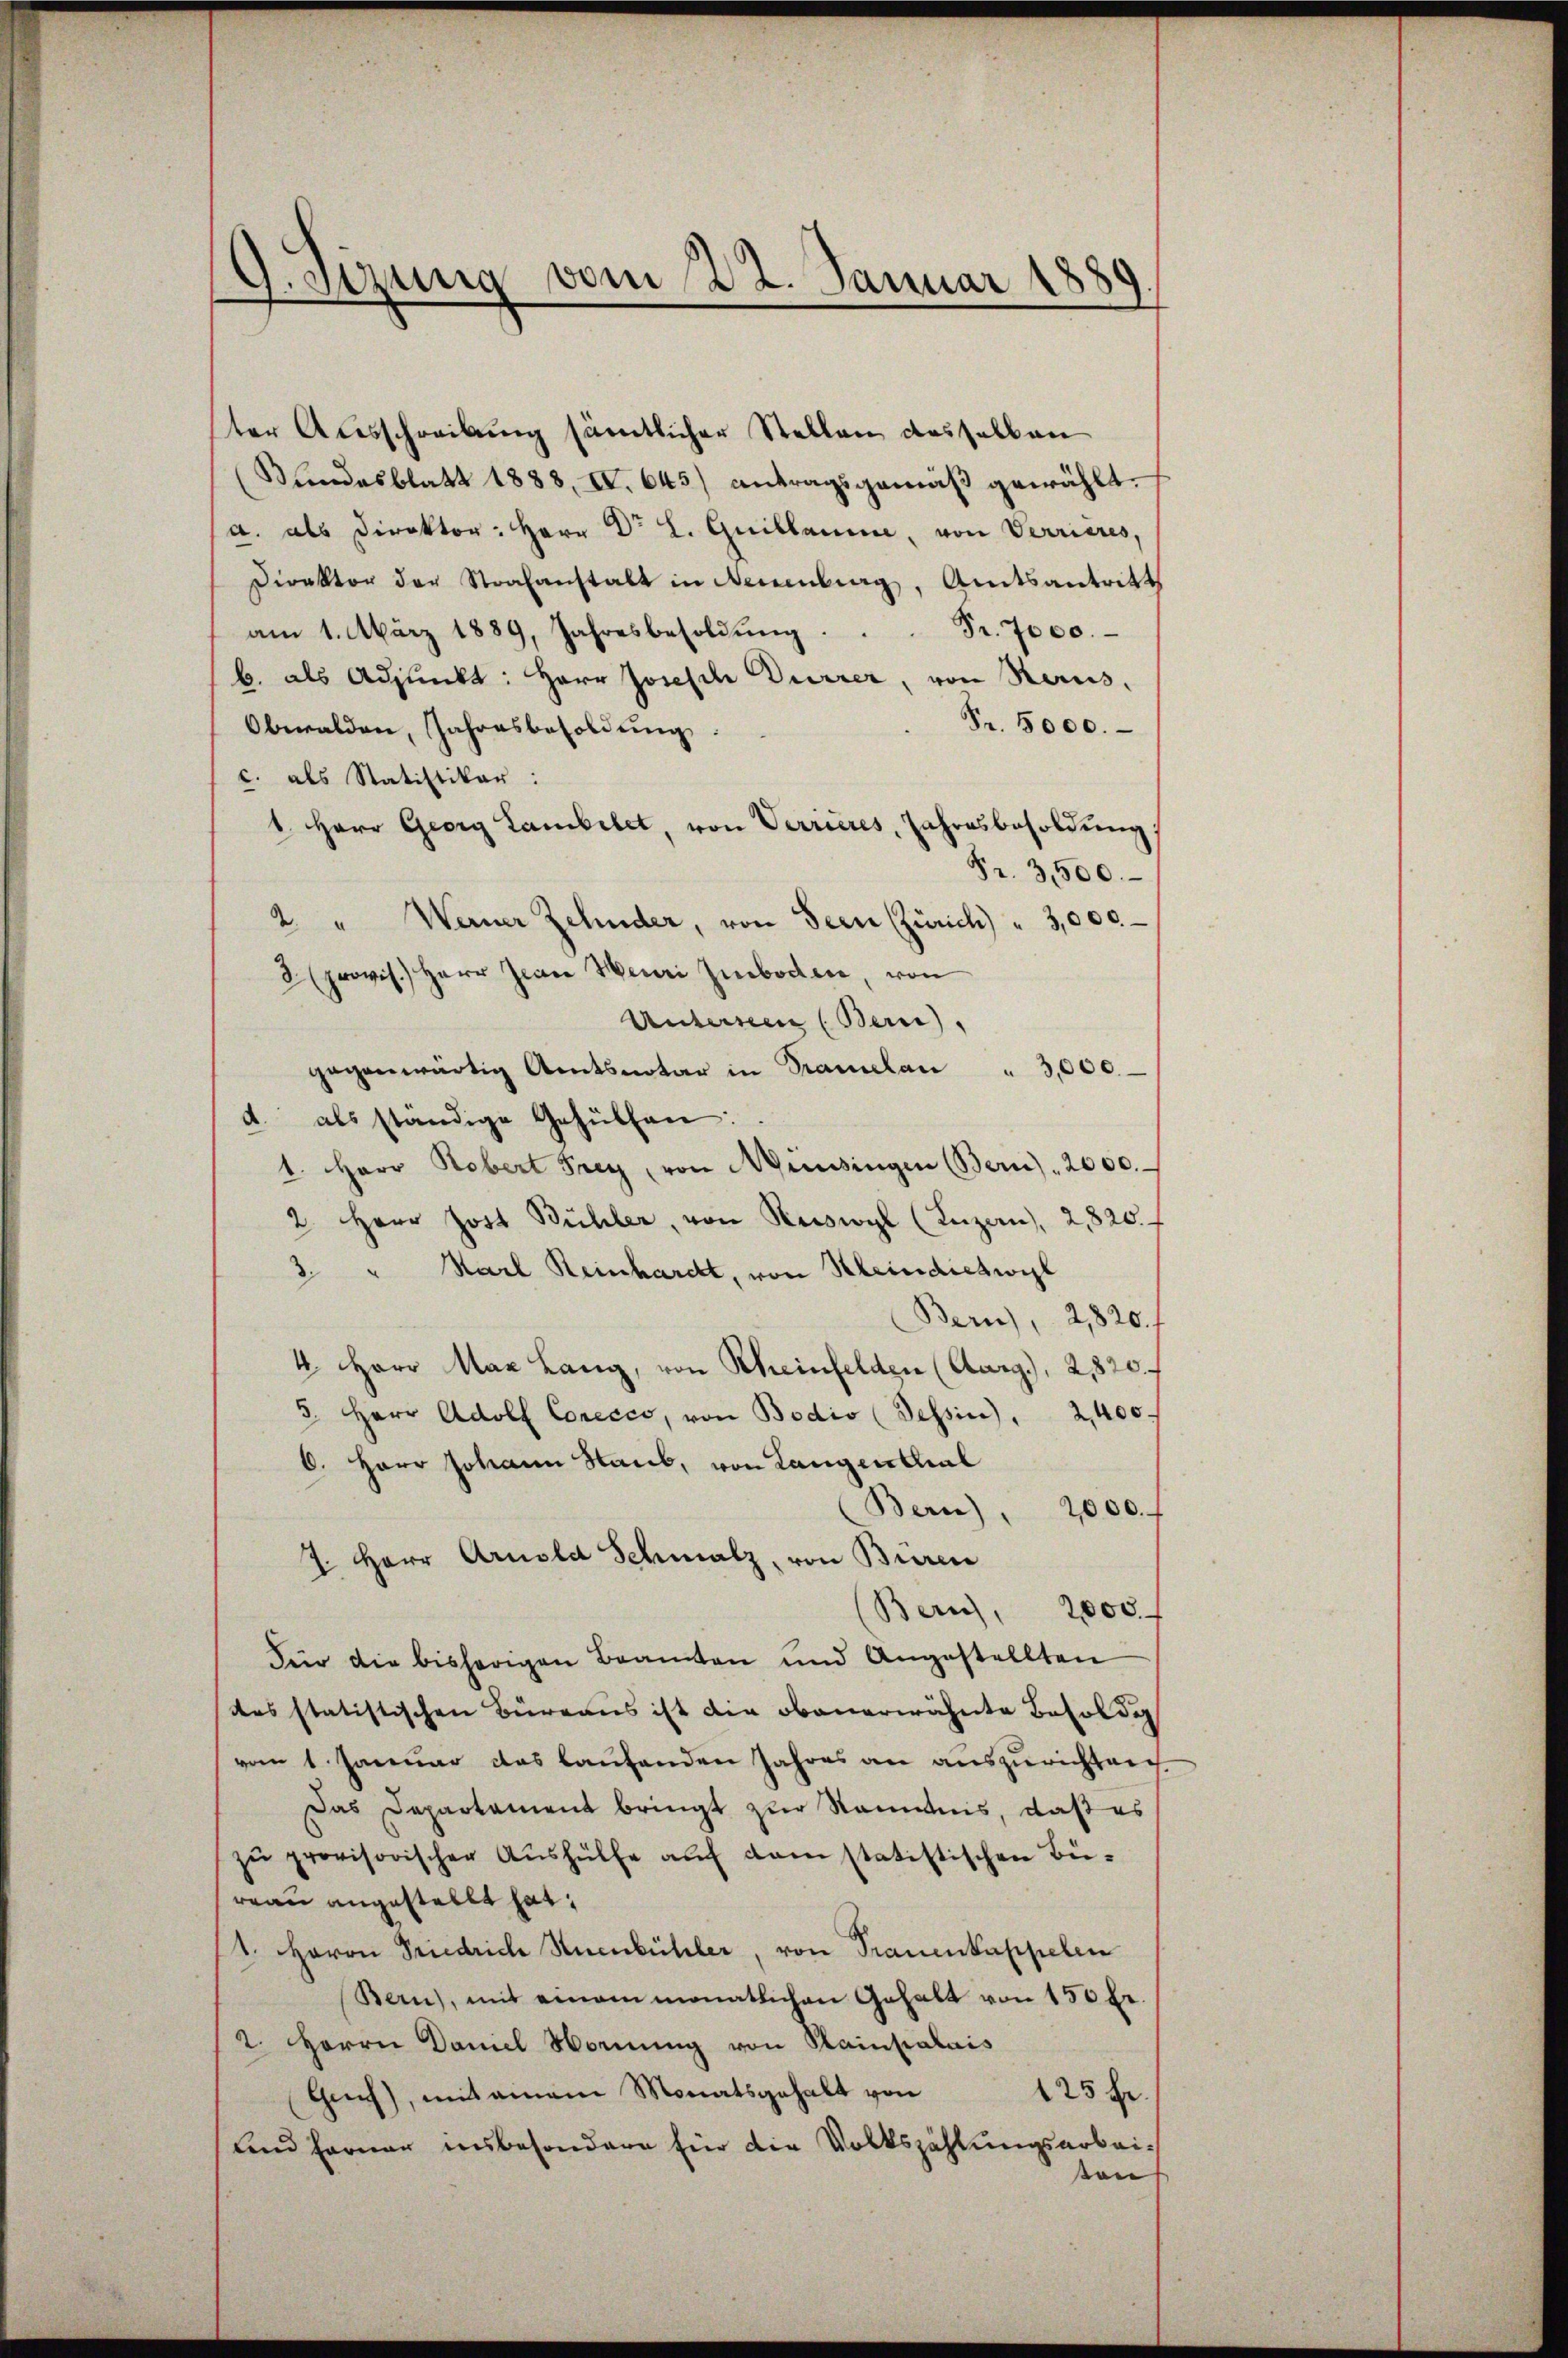
g. Sizung
vom 22. Januar 1881

ter Ausschreibung sämtlicher Stellen desselben
(Bundesblatt 1888. I. 645) antragsgemäβ gewählt.
a. als Direktor: Herr Dr. L. Guillanie, von Verrieres,
Direktor der Strafanstalt in Neuenburg, Amtsantritt
am 1. März 1889, Jahresbesoldŭng. . . Fr. 7000.
b. als Adjunkt: Herr Joseph Dürrer, von Recus,
Fr. 5000.
Obwalden, Jahresbesoldŭng
c. als Statistikar:
1. Herr Georg Lamibilet, von Verrieres, Jahresbesoldŭng
Fr. 3500.
2 " Werner Zehnder, von Seen (Zürich) " 3,000
2 provis.) Herr Jeare Henri Ziboden, von
Untersen (Bern),
gegenwärtig Amtsnotar in Tramelan " 3,000.
d. als ständige Gehülfen:
1. Herr Robert Frey, von Messingen (Bern), 2000.
2. Herr Jost Bühler, von Newwogl (Inzen, 2820. f
3. " Karl Reinhardt, von Klein dichwil
Bern), 2, 820./
4. Herr Max Lang, von Rheinfelden (Aarg.), 2820.
5. Herr Adolf Corecco, von Bodio (Tessin, 2,400.
6. Herr Johann Staub, von Langenthal
Bern), 2000.-
7. Herr Arnold Schmalz, von Büren
Bern, 2000
Für die bisherigen Beamten und Angestellten
das statistischen Büreaus ist die obenerwähnte Besoldeg
vom 1. Januar das laufenden Jahres an auszurichten.
Das Departament bringt zur Kenntnis, daß es
zŭ provisorischer Aŭshülfe aŭf dem statistischen Bie-
reau angestellt hat,
1. Heron Friedrich Huenbühler, von Trauenkappelen
Bern), mit einem monatlichen Gehalt von 150 fr.
2. Herrn Daniel Wornung von Kainpalais
Ges), mit einem Monatsgehalt von
125 fr.
lnd ferner insbesondere für die Volkszählungsarbeion